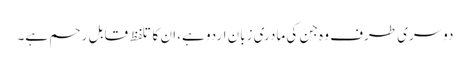
دوسری طرف وہ جن کی مادری زبان اردو ہے، ان کا تلفظ قابلِ رحم ہے۔